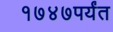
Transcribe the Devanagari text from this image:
१७४७पर्यंत